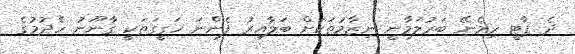
ދެ ޕާޓީ ހިމެނޭ ބަރުލަމާނީ ނިޒާމުތަކަށް ބަލާއިރު ފެންނަ ހަގީގަތަކީ ގާނޫނު ހެދުމުގެ